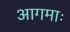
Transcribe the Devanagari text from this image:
आगमाः